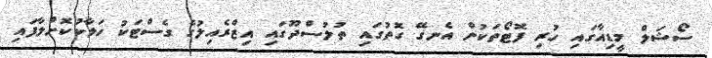
ސޯޝަލް މީޑިއާގައި ހުރި ފޮޓޯތަކުން އެނގޭ ގޮތުގައި ތުލުސްދޫގައި އިޒްރެއިލުގެ ގެސްޓަކު ހަލާކުކޮށްލާފައި